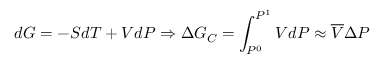
d G = - S d T + V d P \Rightarrow \Delta G _ { C } = \int _ { P ^ { 0 } } ^ { P ^ { 1 } } V d P \approx \overline { { V } } \Delta P